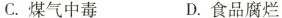
C. 煤气中毒 D. 食品腐烂